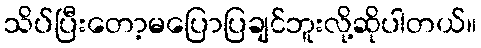
သိပ်ပြီးတော့မပြောပြချင်ဘူးလို့ဆိုပါတယ်။